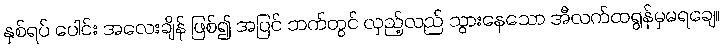
နှစ်ရပ် ပေါင်း အလေးချိန် ဖြစ်၍ အပြင် ဘက်တွင် လှည့်လည် သွားနေသော အီလက်ထရွန်မှမရချေ။